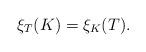
LaTeX: \begin{align*}\xi_T(K) = \xi_K(T).\end{align*}